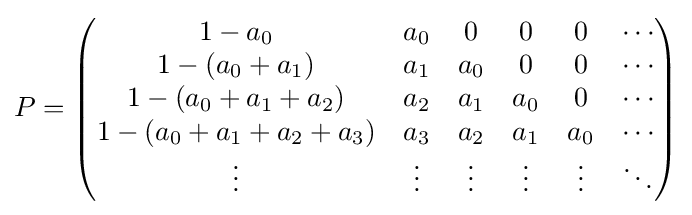
P={\begin{pmatrix}1-a_{0}&a_{0}&0&0&0&\cdots \\1-(a_{0}+a_{1})&a_{1}&a_{0}&0&0&\cdots \\1-(a_{0}+a_{1}+a_{2})&a_{2}&a_{1}&a_{0}&0&\cdots \\1-(a_{0}+a_{1}+a_{2}+a_{3})&a_{3}&a_{2}&a_{1}&a_{0}&\cdots \\\vdots &\vdots &\vdots &\vdots &\vdots &\ddots \end{pmatrix}}